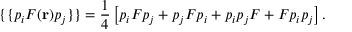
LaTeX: \{ \{ p _ { i } F ( { \bf r } ) p _ { j } \} \} = \frac { 1 } { 4 } \left[ p _ { i } F p _ { j } + p _ { j } F p _ { i } + p _ { i } p _ { j } F + F p _ { i } p _ { j } \right] .